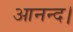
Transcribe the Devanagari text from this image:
आनन्द।